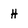
Character: H